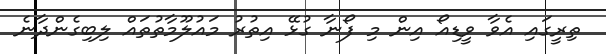
ތިރީގައި އެވާ ވީޑިއޯ އިން މި ފޯނާ ގުޅޭ އިތުރު މައުލޫމާތުތައް ލިބިގެންދާނެ